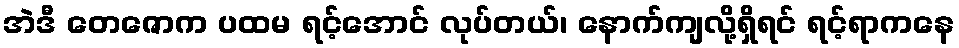
အဲဒီ တေဇောက ပထမ ရင့်အောင် လုပ်တယ်၊ နောက်ကျလို့ရှိရင် ရင့်ရာကနေ